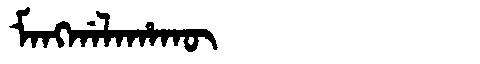
Manchu: ᠮᠠᠩᡤᠠᠯᠠᡥᠠᡴᡡ
Romanization: MANGGALAHAKŪ